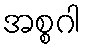
အစ္စဂါ